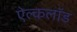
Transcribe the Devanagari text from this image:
ऐल्कलॉड